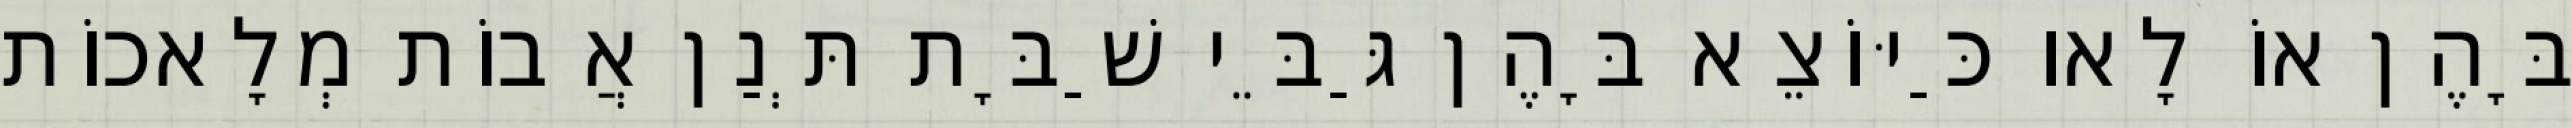
בָּהֶן אוֹ לָאו כַּיּוֹצֵא בָּהֶן גַּבֵּי שַׁבָּת תְּנַן אֲבוֹת מְלָאכוֹת